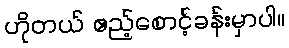
ဟိုတယ် ဧည့်စောင့်ခန်းမှာပါ။